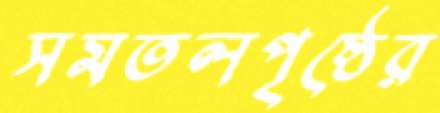
সমতলপৃষ্ঠের